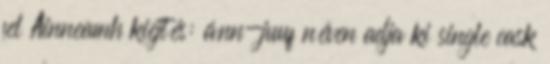
fel Ainneamh kiejtés: ánn-juuf néven adja ki single cask